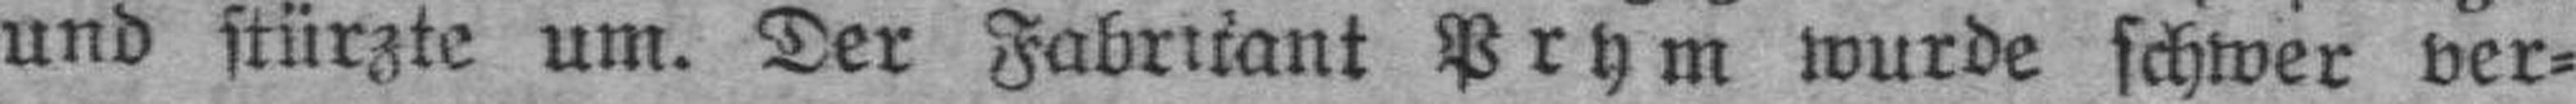
und stürzte um. Der Fabrikant Prym wurde schwer ver¬